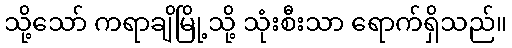
သို့သော် ကရာချိမြို့သို့ သုံးစီးသာ ရောက်ရှိသည်။